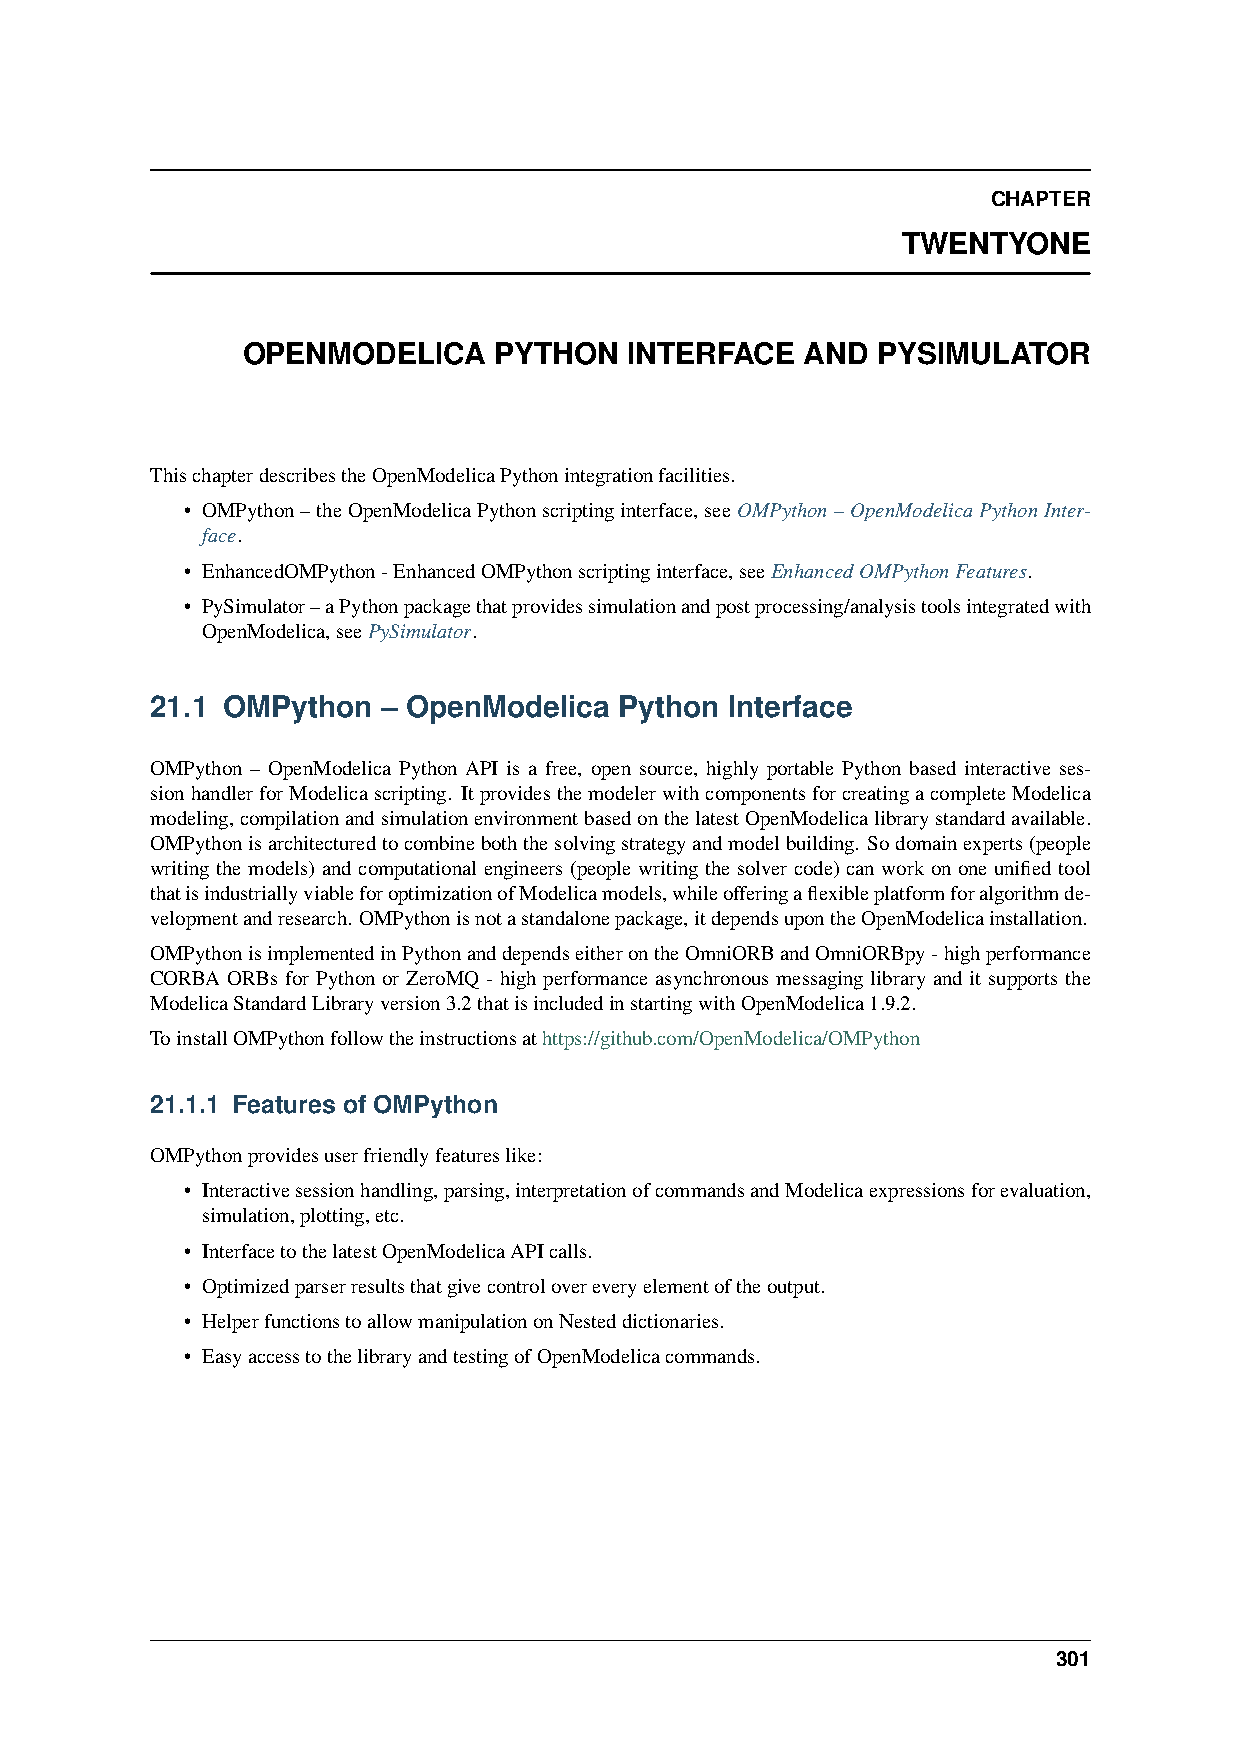
CHAPTER
 TWENTYONE
 OPENMODELICA     PYTHON   INTERFACE  AND  PYSIMULATOR
 ThischapterdescribestheOpenModelicaPythonintegrationfacilities.
 • OMPython–theOpenModelicaPythonscriptinginterface,seeOMPython–OpenModelicaPythonInter-
 face.
 • EnhancedOMPython-EnhancedOMPythonscriptinginterface,seeEnhancedOMPythonFeatures.
 • PySimulator–aPythonpackagethatprovidessimulationandpostprocessing/analysistoolsintegratedwith
 OpenModelica,seePySimulator.
 21.1 OMPython  – OpenModelica  Python Interface
 OMPython – OpenModelica Python API is a free, open source, highly portable Python based interactive ses-
 sionhandlerforModelicascripting. ItprovidesthemodelerwithcomponentsforcreatingacompleteModelica
 modeling,compilationandsimulationenvironmentbasedonthelatestOpenModelicalibrarystandardavailable.
 OMPythonisarchitecturedtocombineboththesolvingstrategyandmodelbuilding. Sodomainexperts(people
 writing the models) and computational engineers (people writing the solver code) can work on one unified tool
 thatisindustriallyviableforoptimizationofModelicamodels,whileofferingaflexibleplatformforalgorithmde-
 velopmentandresearch. OMPythonisnotastandalonepackage,itdependsupontheOpenModelicainstallation.
 OMPythonisimplementedinPythonanddependseitherontheOmniORBandOmniORBpy-highperformance
 CORBA ORBs for Python or ZeroMQ - high performance asynchronous messaging library and it supports the
 ModelicaStandardLibraryversion3.2thatisincludedinstartingwithOpenModelica1.9.2.
 ToinstallOMPythonfollowtheinstructionsathttps://github.com/OpenModelica/OMPython
 21.1.1 Features of OMPython
 OMPythonprovidesuserfriendlyfeatureslike:
 • Interactivesessionhandling,parsing,interpretationofcommandsandModelicaexpressionsforevaluation,
 simulation,plotting,etc.
 • InterfacetothelatestOpenModelicaAPIcalls.
 • Optimizedparserresultsthatgivecontrolovereveryelementoftheoutput.
 • HelperfunctionstoallowmanipulationonNesteddictionaries.
 • EasyaccesstothelibraryandtestingofOpenModelicacommands.
 301